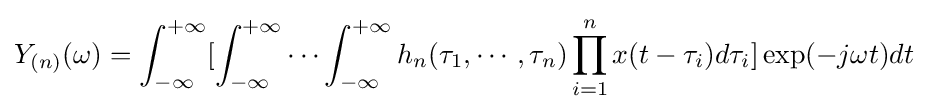
Y_{(n)}(\omega )=\int _{-\infty }^{+\infty }[\int _{-\infty }^{+\infty }\cdots \int _{-\infty }^{+\infty }h_{n}(\tau _{1},\cdots ,\tau _{n})\prod _{i=1}^{n}x(t-\tau _{i})d\tau _{i}]\exp(-j\omega t)dt